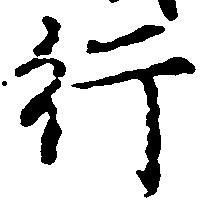
行